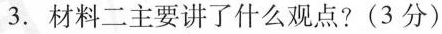
3.材料二主要讲了什么观点?(3分)